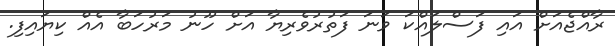
ރާއްޖެއަށް އައި ފަސްލައްކަ ވަނަ ފަތުރުވެރިޔާ އަށް ހޫނު މަރުހަބާ އެއް ކިޔައިފި.